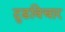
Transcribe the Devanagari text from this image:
दुडविचार